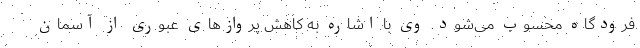
فرودگاه محسوب می‌شود. وی با اشاره به کاهش پروازهای عبوری از آسمان